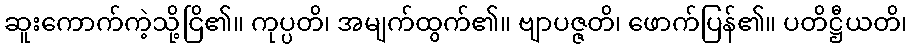
ဆူးကောက်ကဲ့သို့ငြိ၏။ ကုပ္ပတိ၊ အမျက်ထွက်၏။ ဗျာပဇ္ဇတိ၊ ဖောက်ပြန်၏။ ပတိဋ္ဌီယတိ၊